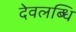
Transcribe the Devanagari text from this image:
देवलब्धि